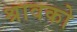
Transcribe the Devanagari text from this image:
श्रावको